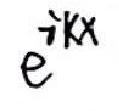
$e^{-i\kappa x}$